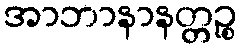
အာဘာနာနတ္တဉ္စ